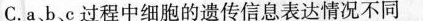
C.a，b，c过程中细胞的遗传信息表达情况不同